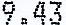
9.43